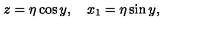
z = \eta \cos y , \quad x _ { 1 } = \eta \sin y ,